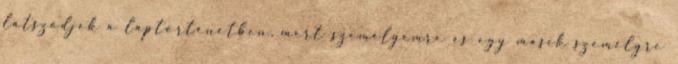
látszódjék a laptörténetben, mert személyemre és egy másik személyre